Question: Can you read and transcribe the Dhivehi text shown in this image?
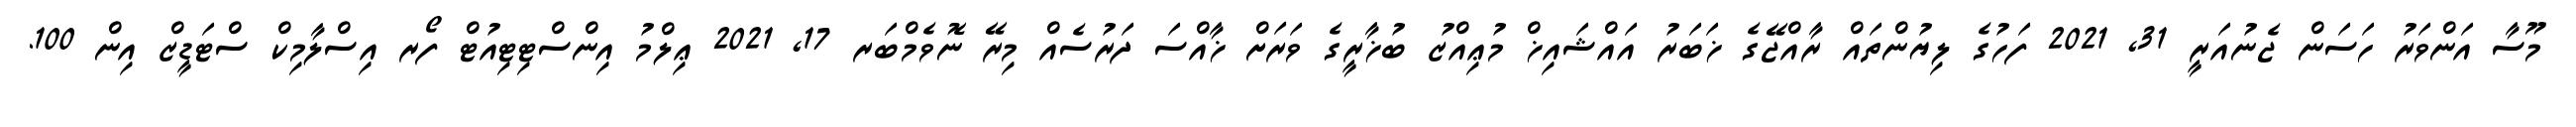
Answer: މޫސާ އަންވަރު ހަސަން ޖެނުއަރީ 31, 2021 ފަހުގެ ލިޔުންތައް ރާއްޖޭގެ ޚަބަރު އައްޝައިޚް މުޢިއްޒު ބުޚާރީގެ ވަރަށް ޚާއްސަ ދަރުސެއް މިރޭ ނޮވެމްބަރ 17, 2021 ޢިލްމު އިންސްޓިޓިއުޓް ފޯރ އިސްލާމިކް ސްޓަޑީޒް އިން 100.